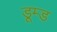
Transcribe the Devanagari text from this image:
डूम्ड